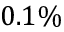
0 . 1 \%